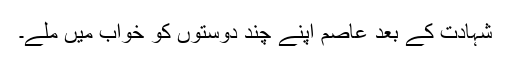
شہادت کے بعد عاصم اپنے چند دوستوں کو خواب میں ملے۔